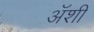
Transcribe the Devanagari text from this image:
अॅशी